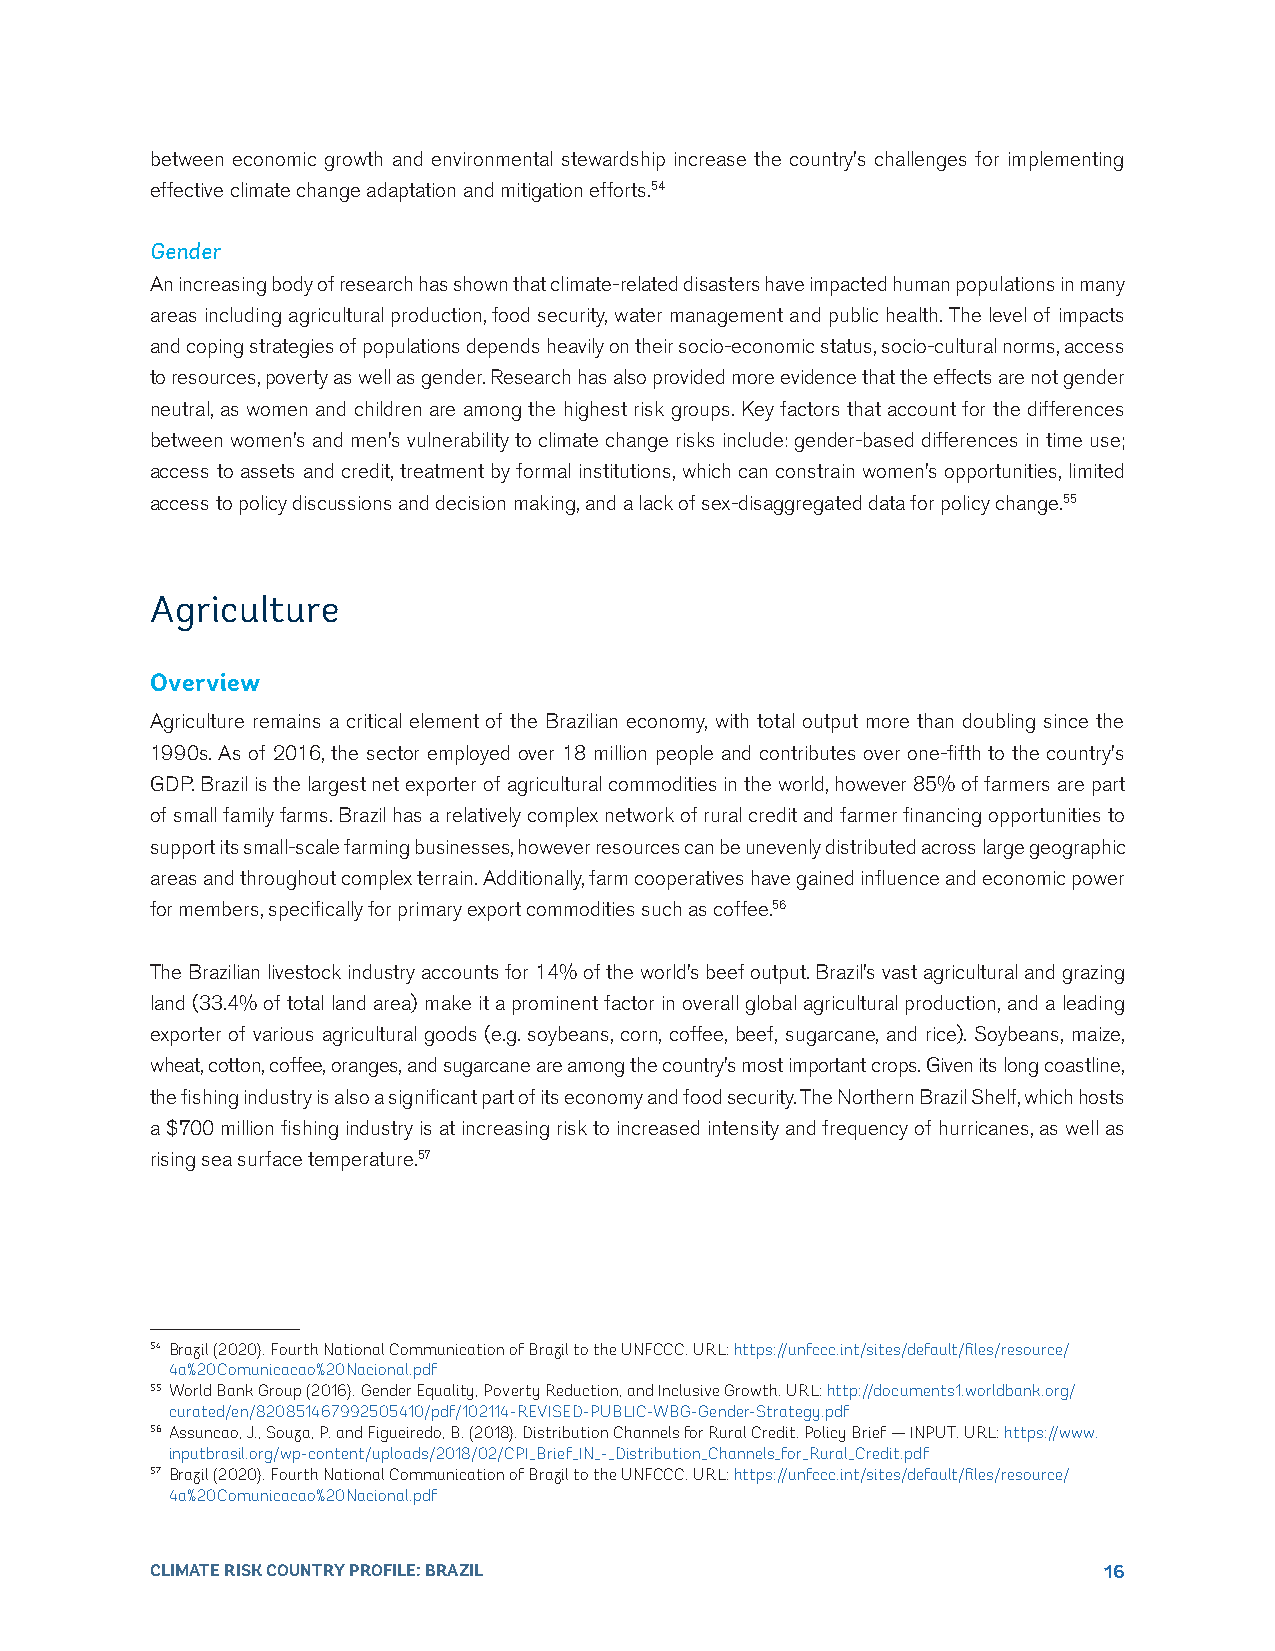
between economic growth and environmental stewardship increase the country’s challenges for implementing
 effective climate change adaptation and mitigation efforts.54
 Gender
 An increasing body of research has shown that climate-related disasters have impacted human populations in many
 areas including agricultural production, food security, water management and public health. The level of impacts
 and coping strategies of populations depends heavily on their socio-economic status, socio-cultural norms, access
 to resources, poverty as well as gender. Research has also provided more evidence that the effects are not gender
 neutral, as women and children are among the highest risk groups. Key factors that account for the differences
 between women’s and men’s vulnerability to climate change risks include: gender-based differences in time use;
 access to assets and credit, treatment by formal institutions, which can constrain women’s opportunities, limited
 access to policy discussions and decision making, and a lack of sex-disaggregated data for policy change.55
 Agriculture
 Overview
 Agriculture remains a critical element of the Brazilian economy, with total output more than doubling since the
 1990s. As of 2016, the sector employed over 18 million people and contributes over one-fifth to the country’s
 GDP. Brazil is the largest net exporter of agricultural commodities in the world, however 85% of farmers are part
 of small family farms. Brazil has a relatively complex network of rural credit and farmer financing opportunities to
 support its small-scale farming businesses, however resources can be unevenly distributed across large geographic
 areas and throughout complex terrain. Additionally, farm cooperatives have gained influence and economic power
 for members, specifically for primary export commodities such as coffee.56
 The Brazilian livestock industry accounts for 14% of the world’s beef output. Brazil’s vast agricultural and grazing
 land (33.4% of total land area) make it a prominent factor in overall global agricultural production, and a leading
 exporter of various agricultural goods (e.g. soybeans, corn, coffee, beef, sugarcane, and rice). Soybeans, maize,
 wheat, cotton, coffee, oranges, and sugarcane are among the country’s most important crops. Given its long coastline,
 the fishing industry is also a significant part of its economy and food security. The Northern Brazil Shelf, which hosts
 a $700 million fishing industry is at increasing risk to increased intensity and frequency of hurricanes, as well as
 rising sea surface temperature.57
 54 Brazil (2020). Fourth National Communication of Brazil to the UNFCCC. URL: https://unfccc.int/sites/default/files/resource/
 4a%20Comunicacao%20Nacional.pdf
 55 World Bank Group (2016). Gender Equality, Poverty Reduction, and Inclusive Growth. URL: http://documents1.worldbank.org/
 curated/en/820851467992505410/pdf/102114-REVISED-PUBLIC-WBG-Gender-Strategy.pdf
 56 Assuncao, J., Souza, P. and Figueiredo, B. (2018). Distribution Channels for Rural Credit. Policy Brief — INPUT. URL: https://www.
 inputbrasil.org/wp-content/uploads/2018/02/CPI_Brief_IN_-_Distribution_Channels_for_Rural_Credit.pdf
 57 Brazil (2020). Fourth National Communication of Brazil to the UNFCCC. URL: https://unfccc.int/sites/default/files/resource/
 4a%20Comunicacao%20Nacional.pdf
 CLIMATE RISK COUNTRY PROFILE: BRAZIL                           16